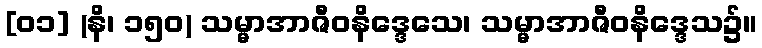
[၀၁] (နိ၊ ၁၅၀) သမ္မာအာဇီဝနိဒ္ဒေသေ၊ သမ္မာအာဇီဝနိဒ္ဒေသ၌။